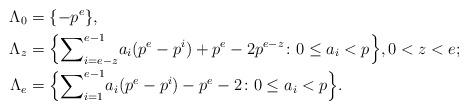
LaTeX: \begin{align*}\Lambda_0&=\{-p^e\}, \\\Lambda_z&=\Big\{{\sum}_{i=e-z}^{e-1}a_i(p^e-p^{i})+p^e-2p^{e-z}\colon 0\le a_i<p\Big\}, 0<z<e; \\\Lambda_e&=\Big\{{\sum}_{i=1}^{e-1}a_i(p^e-p^i)-p^e-2\colon 0\le a_i<p\Big\}.\end{align*}